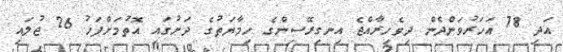
އަދި 78 އަހަރުވަންދެން ދިވެހިރާއްޖެ އިނގިރޭސިންގެ ހިމާޔަތުގެ ދަށުގައި އޮތުމަށްފަހު 26 ޖުލައި